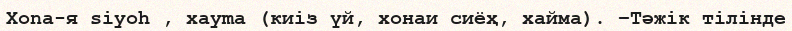
Хona-я siyoh , xayma (киіз үй, хонаи сиёҳ, хайма). –Тәжік тілінде